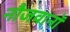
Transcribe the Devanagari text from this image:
नौजवानॉ